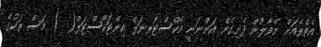
އެތެރެއަށް ނޭވާލުން ފެށިގެން އަންނަނީ އެކްސްޓަރނަލް އިންޓަކޯސްޓަލް(  ) މަސް ތަކުގެ